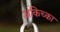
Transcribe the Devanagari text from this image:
अकिच्का